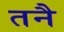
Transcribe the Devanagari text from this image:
तनै